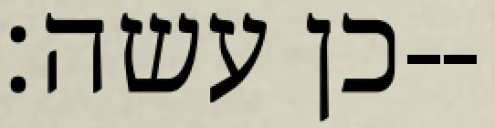
כן עשה׃--